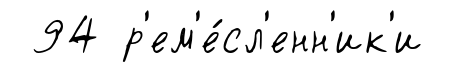
94 р'ем'е́сл'енн'ик'и